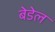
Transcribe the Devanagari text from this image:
बेडेल